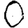
Digit: 0